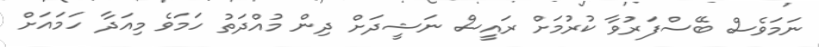
ނަމަވެސް ބޭސްފަރުވާ ކުރުމަށް ރައީސް ނަޝީދަށް ދިން މުއްދަތު ހަމަވެ މިއަދާ ހަމައަށް